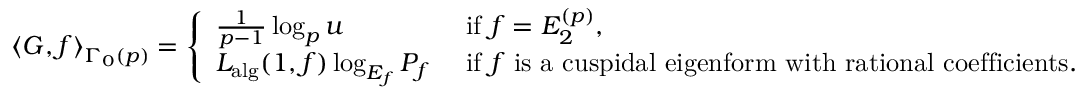
\left\langle G , f \right\rangle _ { \Gamma _ { 0 } ( p ) } = \left\{ \begin{array} { l l } { \frac { 1 } { p - 1 } \log _ { p } u } & { \mathrm { ~ i f ~ } f = E _ { 2 } ^ { ( p ) } , } \\ { L _ { \mathrm { a l g } } ( 1 , f ) \log _ { E _ { f } } P _ { f } } & { \mathrm { ~ i f ~ } f \mathrm { ~ i s ~ a ~ c u s p i d a l ~ e i g e n f o r m ~ w i t h ~ r a t i o n a l ~ c o e f f i c i e n t s } . } \end{array} \right.